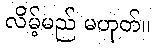
လိမ့်မည် မဟုတ်။